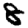
Digit: 8